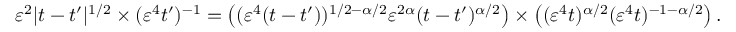
\varepsilon ^ { 2 } | t - t ^ { \prime } | ^ { 1 / 2 } \times ( \varepsilon ^ { 4 } t ^ { \prime } ) ^ { - 1 } = \left( ( \varepsilon ^ { 4 } ( t - t ^ { \prime } ) ) ^ { 1 / 2 - \alpha / 2 } \varepsilon ^ { 2 \alpha } ( t - t ^ { \prime } ) ^ { \alpha / 2 } \right) \times \left( ( \varepsilon ^ { 4 } t ) ^ { \alpha / 2 } ( \varepsilon ^ { 4 } t ) ^ { - 1 - \alpha / 2 } \right) .